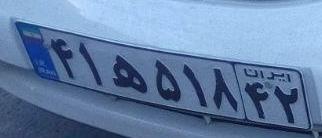
۴۱ه۵۱۸۴۲